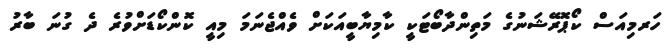
ހަރމިއަސް ކޯޕޮރޭޝަނުގެ މަތިންދާބޯޓަކީ ކާމިޔާބީއަކަށް ވެއްޖެނަމަ މިއީ ކޮންކޯޑަށްވުރެ ދެ ގުނަ ބާރު